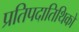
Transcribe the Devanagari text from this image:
प्रतिपदातिथिको